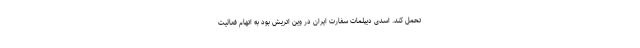
تحمل کند. اسدی دیپلمات سفارت ایران در وین اتریش بود به اتهام فعالیت